Elephants and their diseases
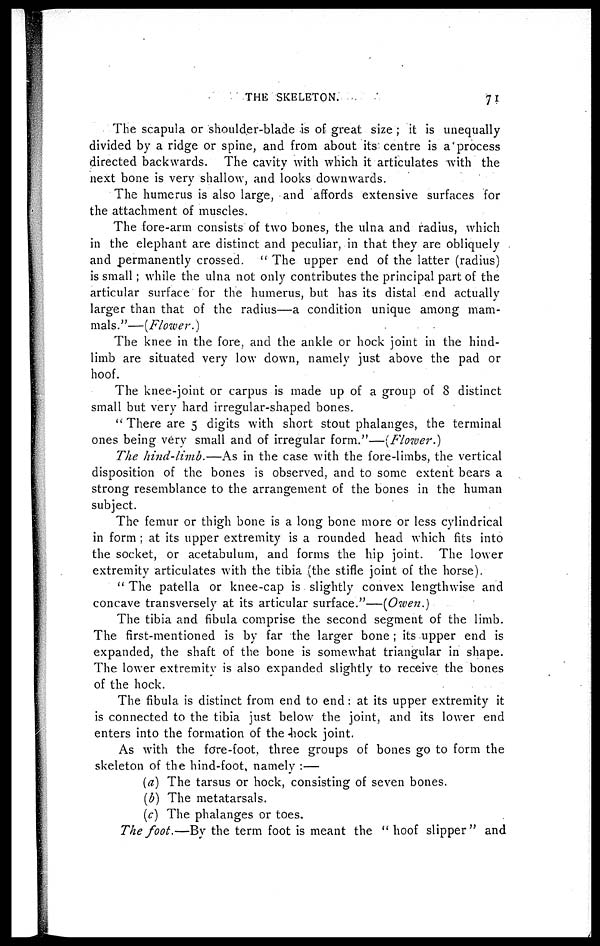
THE SKELETON.
71
The scapula or shoulder-blade is of great size ; it is unequally
divided by a ridge or spine, and from about its centre is a process
directed backwards. The cavity with which it articulates with the
next bone is very shallow, and looks downwards.
The humerus is also large, and affords extensive surfaces for
the attachment of muscles.
The fore-arm consists of two bones, the ulna and radius, which
in the elephant are distinct and peculiar, in that they are obliquely
and permanently crossed. "The upper end of the latter (radius)
is small; while the ulna not only contributes the principal part of the
articular surface for the humerus, but has its distal end actually
larger than that of the radius—a condition unique among mam-
mals."—(Flower.)
The knee in the fore, and the ankle or hock joint in the hind-
limb are situated very low down, namely just above the pad or
hoof.
The knee-joint or carpus is made up of a group of 8 distinct
small but very hard irregular-shaped bones.
" There are 5 digits with short stout phalanges, the terminal
ones being very small and of irregular form."—(Flower.)
The hind-limb.—As in the case with the fore-limbs, the vertical
disposition of the bones is observed, and to some extent bears a
strong resemblance to the arrangement of the bones in the human
subject.
The femur or thigh bone is a long bone more or less cylindrical
in form ; at its upper extremity is a rounded head which fits into
the socket, or acetabulum, and forms the hip joint. The lower
extremity articulates with the tibia (the stifle joint of the horse).
" The patella or knee-cap is slightly convex lengthwise and
concave transversely at its articular surface."—(Owen.)
The tibia and fibula comprise the second segment of the limb.
The first-mentioned is by far the larger bone; its upper end is
expanded, the shaft of the bone is somewhat triangular in shape.
The lower extremity is also expanded slightly to receive the bones
of the hock.
The fibula is distinct from end to end : at its upper extremity it
is connected to the tibia just below the joint, and its lower end
enters into the formation of the hock joint.
As with the fare-foot, three groups of bones go to form the
skeleton of the hind-foot, namely :—
(a) The tarsus or hock, consisting of seven bones.
(b) The metatarsals.
(c) The phalanges or toes.
The foot.—By the term foot is meant the "hoof slipper" and